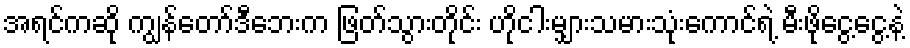
အရင်ကဆို ကျွန်တော်ဒီဘေးက ဖြတ်သွားတိုင်း ဟိုငါးမျှားသမားသုံးကောင်ရဲ့ မီးဖိုငွေ့ငွေ့နဲ့